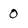
Character: 0